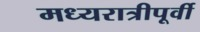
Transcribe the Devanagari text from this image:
मध्यरात्रीपूर्वी